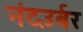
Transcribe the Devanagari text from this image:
नंदउर्बर